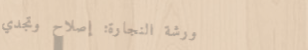
ورشة النجارة: إصلاح وتجدي